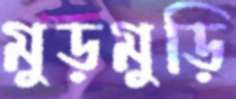
মুড়মুড়ি